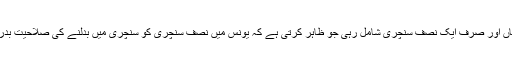
اس میں تین سنچریاں اور صرف ایک نصف سنچری شامل رہی جو ظاہر کرتی ہے کہ یونس میں نصف سنچری کو سنچری میں بدلنے کی صلاحیت بدرجۂ اتم موجود ہے۔